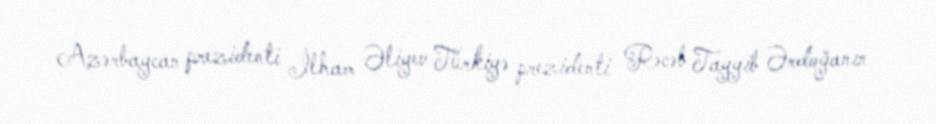
Azərbaycan prezidenti İlham Əliyev Türkiyə prezidenti Rəcəb Tayyib Ərdoğanın